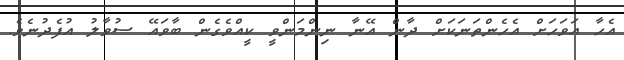
އެހާ އަވަހަށް އެހެންތަނަކަށް ދާން އޭނާ ނިންމަންވީ ކީއްވެގެން ބާވައޭ ސުވާލު އުފެދުނެވެ.